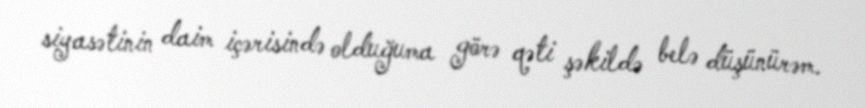
siyasətinin daim içərisində olduğuma görə qəti şəkildə belə düşünürəm.